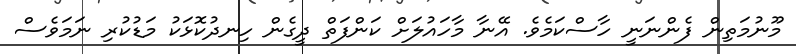
މޫނުމަތިން ފެންނަނީ ހާސްކަމެވެ. އޭނާ މާހައުލަށް ކަންފަތް ދީގެން ހިނދުކޮޅަކު މަޑުކުރި ނަމަވެސް